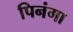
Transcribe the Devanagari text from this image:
पिनंगा